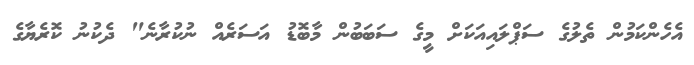
އެހެންކަމުން ތެލުގެ ސަޕްލައިއަކަށް މީގެ ސަބަބުން މާބޮޑު އަސަރެއް ނުކުރާނެ" ދެކުނު ކޮރެޔާގެ